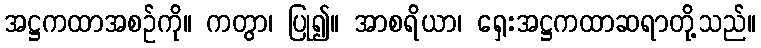
အဋ္ဌကထာအစဉ်ကို။ ကတွာ၊ ပြု၍။ အာစရိယာ၊ ရှေးအဋ္ဌကထာဆရာတို့သည်။